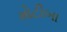
મોટીબા